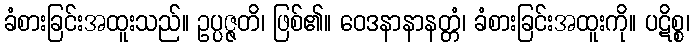
ခံစားခြင်းအထူးသည်။ ဥပ္ပဇ္ဇတိ၊ ဖြစ်၏။ ဝေဒနာနာနတ္တံ၊ ခံစားခြင်းအထူးကို။ ပဋိစ္စ၊